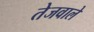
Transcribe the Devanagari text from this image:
तेजवाले